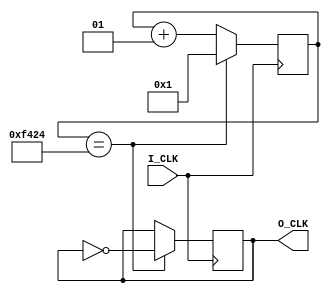
module divider800Hz(input I_CLK, output reg O_CLK = 0);
integer n = 1;
parameter times = 125000;
always @(posedge I_CLK)
begin
    if (n == times / 2)
        begin
            O_CLK = ~O_CLK;
            n = 1;
        end
    else n = n + 1;
end
endmodule